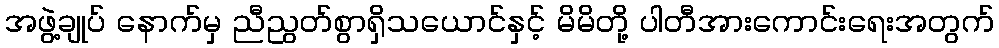
အဖွဲ့ချုပ် နောက်မှ ညီညွတ်စွာရှိသယောင်နှင့် မိမိတို့ ပါတီအားကောင်းရေးအတွက်